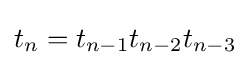
t_{n}=t_{n-1}t_{n-2}t_{n-3}